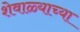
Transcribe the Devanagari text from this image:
शेवाळ्याच्या